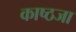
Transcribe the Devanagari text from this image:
काष्ठजा